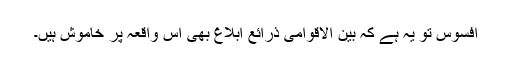
افسوس تو یہ ہے کہ بین الاقوامی ذرائع ابلاغ بھی اس واقعہ پر خاموش ہیں۔